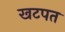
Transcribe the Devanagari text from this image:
खटपत